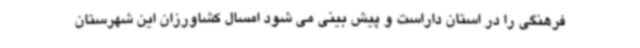
فرهنگی را در استان داراست و پیش بینی می شود امسال کشاورزان این شهرستان